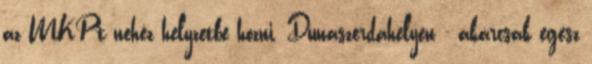
az MKP-t nehéz helyzetbe hozni. Dunaszerdahelyen - akárcsak egész